Vaccination North-Western Provinces 1866-1877 - 1866-1877
Year: 1866
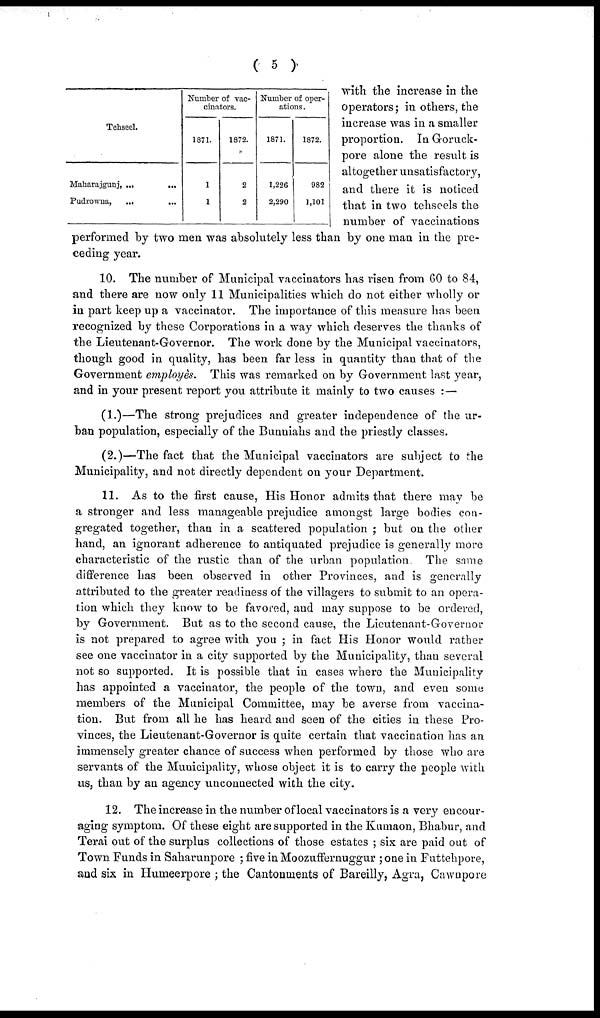
( 5 )
Tehseel.
Maharajgunj,
...
...
Pudrowna, ... ...
Number of vac-
cinators.
1871.
1
1
1872.
2
2
Number of oper-
ations .
1871.
1,226
2,290
1872.
982
1,101
with the increase in the
operators; in others, the
increase was in a smaller
proportion. In Goruck-
pore alone the result is
altogether unsatisfactory,
and there it is noticed
that in two tehseels the
number of vaccinations
performed by two men was absolutely less than by one man in the pre-
ceding year.
10. The number of Municipal vaccinators has risen from 60 to 84,
and there are now only 11 Municipalities which do not either wholly or
in part keep up a vaccinator. The importance of this measure has been
recognized by these Corporations in a way which deserves the thanks of
the Lieutenant-Governor. The work done by the Municipal vaccinators,
though good in quality, has been far less in quantity than that of the
Government employes. This was remarked on by Government last year,
and in your present report you attribute it mainly to two causes :—
(1.)—The strong prejudices and greater independence of the ur-
ban population, especially of the Bunniahs and the priestly classes.
(2.)—The fact that the Municipal vaccinators are subject to the
Municipality, and not directly dependent on your Department.
11. As to the first cause, His Honor admits that there may be
a stronger and less manageable prejudice amongst large bodies con-
gregated together, than in a scattered population ; but on the other
hand, an ignorant adherence to antiquated prejudice is generally more
characteristic of the rustic than of the urban population The same
difference has been observed in other Provinces, and is generally
attributed to the greater readiness of the villagers to submit to an opera-
tion which they know to be favored, and may suppose to be ordered,
by Government. But as to the second cause, the Lieutenant-Governor
is not prepared to agree with you ; in fact His Honor would rather
see one vaccinator in a city supported by the Municipality, than several
not so supported. It is possible that in cases where the Municipality
has appointed a vaccinator, the people of the town, and even some
members of the Municipal Committee, may be averse from vaccina-
tion. But from all he has heard and seen of the cities in these Pro-
vinces, the Lieutenant-Governor is quite certain that vaccination has an
immensely greater chance of success when performed by those who are
servants of the Municipality, whose object it is to carry the people with
us, than by an agency unconnected with the city.
12. The increase in the number of local vaccinators is a very encour-
aging symptom. Of these eight are supported in the Kumaon, Bhabur, and
Terai out of the surplus collections of those estates ; six are paid out of
Town Funds in Saharunpore ; five in Moozuffernuggur ; one in Futtehpore,
and six in Humeerpore ; the Cantonments of Bareilly, Agra, Cawnpore